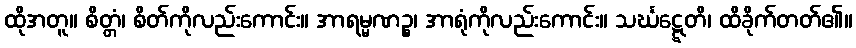
ထိုအတူ။ စိတ္တံ၊ စိတ်ကိုလည်းကောင်း။ အာရမ္မဏဉ္စ၊ အာရုံကိုလည်းကောင်း။ သင်္ဃဋ္ဋေတိ၊ ထိခိုက်တတ်၏။